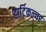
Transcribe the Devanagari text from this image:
हार्टिकल्चर